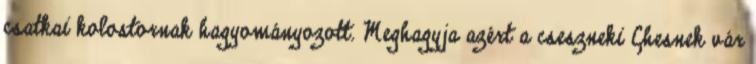
csatkai kolostornak hagyományozott. Meghagyja azért a cseszneki Chesnek vár